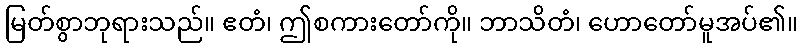
မြတ်စွာဘုရားသည်။ ဧတံ၊ ဤစကားတော်ကို။ ဘာသိတံ၊ ဟောတော်မူအပ်၏။